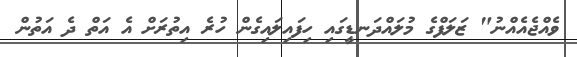
ވެއްޖެއެއްނު" ޒަލަފްގެ މުލައްދަނޑީގައި ހިފައިލައިގެން ހުރެ އިތުރަށް އެ އަތް ދެ އަތުން